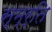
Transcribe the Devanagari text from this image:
स्म्र्ति